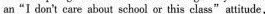
an"I don't care about school or this class" attitude,